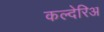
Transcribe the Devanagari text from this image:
कल्देरिअ